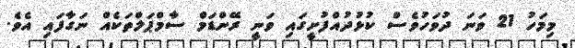
މިމަހު 21 ވަނަ ދުވަހުވެސް ކުޅުދުއްފުށީގައި ވަނީ ރޭންޑަމް ސާމްޕަލްތަކެއް ނަގާފައި އެވެ.